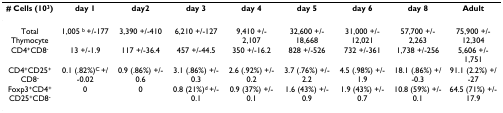
<table><thead><tr><td><b># Cells (10<sup>3</sup>)</b></td><td><b>day 1</b></td><td><b>day2</b></td><td><b>day 3</b></td><td><b>day 4</b></td><td><b>day 5</b></td><td><b>day 6</b></td><td><b>day 8</b></td><td><b>Adult</b></td></tr></thead><tbody><tr><td>Total Thymocyte</td><td>1,005 <sup>b </sup>+/-177</td><td>3,390 +/-410</td><td>6,210 +/-127</td><td>9,410 +/-2,107</td><td>32,600 +/-18,668</td><td>31,000 +/-12,021</td><td>57,700 +/-2,263</td><td>75,900 +/-12,304</td></tr><tr><td>CD4<sup>+</sup>CD8<sup>-</sup></td><td>13 +/-1.9</td><td>117 +/-36.4</td><td>457 +/-44.5</td><td>350 +/-16.2</td><td>828 +/-526</td><td>732 +/-361</td><td>1,738 +/-256</td><td>5,606 +/-1,751</td></tr><tr><td>CD4<sup>+</sup>CD25<sup>+</sup>CD8<sup>-</sup></td><td>0.1 (.82%)<sup>C </sup>+/-0.02</td><td>0.9 (.86%) +/-0.6</td><td>3.1 (.86%) +/-0.3</td><td>2.6 (.92%) +/-0.2</td><td>3.7 (.76%) +/-2.2</td><td>4.5 (.98%) +/-1.9</td><td>18.1 (.86%) +/-0.3</td><td>91.1 (2.2%) +/-27</td></tr><tr><td>Foxp3<sup>+</sup>CD4<sup>+</sup>CD25<sup>+</sup>CD8<sup>-</sup></td><td>0</td><td>0</td><td>0.8 (21%)<sup>d </sup>+/-0.1</td><td>0.9 (37%) +/-0.1</td><td>1.6 (43%) +/-0.9</td><td>1.9 (43%) +/-0.7</td><td>10.8 (59%) +/-0.1</td><td>64.5 (71%) +/-17.9</td></tr></tbody></table>